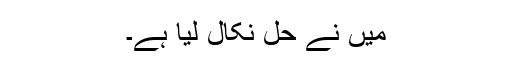
میں نے حل نکال لیا ہے۔